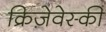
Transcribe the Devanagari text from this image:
क्रिज़ेवेस्की